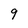
Character: 9